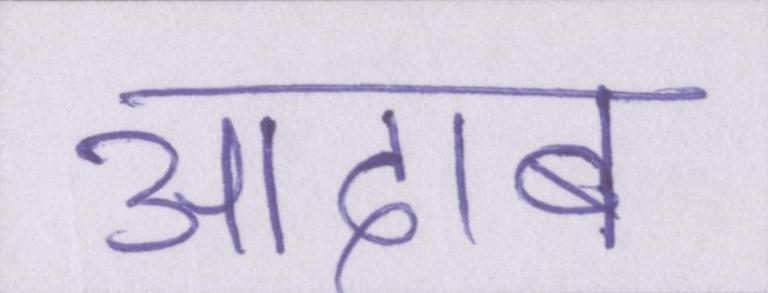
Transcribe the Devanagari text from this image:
आदाब